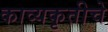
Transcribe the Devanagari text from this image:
काव्यकृतीचे